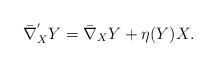
LaTeX: \begin{align*}\bar{\nabla}^{'}_{X}Y= \bar{\nabla}_X Y+\eta(Y)X.\end{align*}